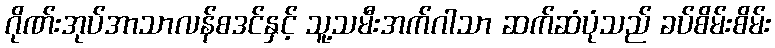
ဂိုဏ်းအုပ်အာသာလန်စဒင်နှင့် သူ့သမီးအက်ဂါသာ ဆက်ဆံပုံသည် ခပ်စိမ်းစိမ်း